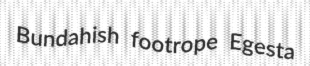
Bundahish footrope Egesta